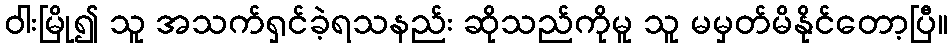
ဝါးမြို၍ သူ အသက်ရှင်ခဲ့ရသနည်း ဆိုသည်ကိုမူ သူ မမှတ်မိနိုင်တော့ပြီ။